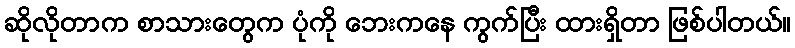
ဆိုလိုတာက စာသားတွေက ပုံကို ဘေးကနေ ကွက်ပြီး ထားရှိတာ ဖြစ်ပါတယ်။